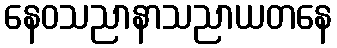
နေဝသညာနာသညာယတနေ